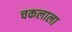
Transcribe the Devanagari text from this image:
चकलाला